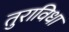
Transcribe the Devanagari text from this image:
तुराविधा